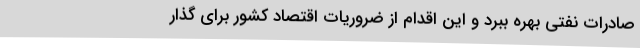
صادرات نفتی بهره ببرد و این اقدام از ضروریات اقتصاد کشور برای گذار